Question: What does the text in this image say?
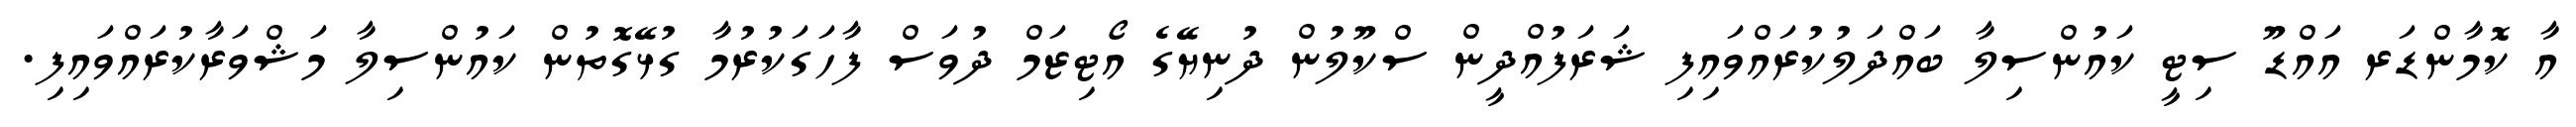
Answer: އާ ކޮމާންޑަރ އައްޑޫ ސިޓީ ކައުންސިލާ ބައްދަލުކުރައްވައިފި ޝަރަފުއްދީން ސްކޫލުން ދުނިޔޭގެ އޯޓިޒަމް ދުވަސް ފާހަގަކުރުމާ ގުޅޭގޮތުން ކައުންސިލާ މަޝްވަރާކުރައްވައިފި.